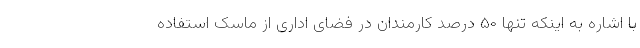
با اشاره به اینکه تنها ۵۰ درصد کارمندان در فضای اداری از ماسک استفاده